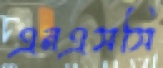
এনএসসি